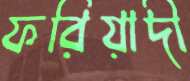
ফরিয়াদী